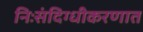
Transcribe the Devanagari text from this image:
निःसंदिग्धीकरणात